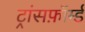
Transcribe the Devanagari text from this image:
ट्रांसफ़ॉर्म्ड